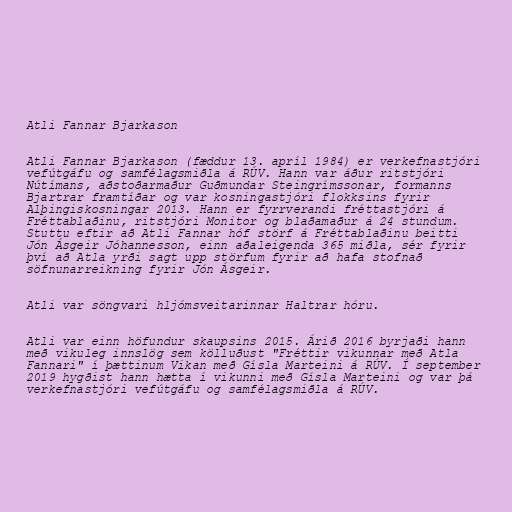
Atli Fannar Bjarkason

Atli Fannar Bjarkason (fæddur 13. apríl 1984) er verkefnastjóri
vefútgáfu og samfélagsmiðla á RÚV. Hann var áður ritstjóri
Nútímans, aðstoðarmaður Guðmundar Steingrímssonar, formanns
Bjartrar framtíðar og var kosningastjóri flokksins fyrir
Alþingiskosningar 2013. Hann er fyrrverandi fréttastjóri á
Fréttablaðinu, ritstjóri Monitor og blaðamaður á 24 stundum.
Stuttu eftir að Atli Fannar hóf störf á Fréttablaðinu beitti
Jón Ásgeir Jóhannesson, einn aðaleigenda 365 miðla, sér fyrir
því að Atla yrði sagt upp störfum fyrir að hafa stofnað
söfnunarreikning fyrir Jón Ásgeir.

Atli var söngvari hljómsveitarinnar Haltrar hóru.

Atli var einn höfundur skaupsins 2015. Árið 2016 byrjaði hann
með vikuleg innslög sem kölluðust "Fréttir vikunnar með Atla
Fannari" í þættinum Vikan með Gísla Marteini á RÚV. Í september
2019 hygðist hann hætta í vikunni með Gísla Marteini og var þá
verkefnastjóri vefútgáfu og samfélagsmiðla á RÚV.